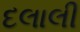
દલાલી